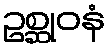
ဥစ္ဆုဝနံ